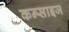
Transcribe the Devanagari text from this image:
कन्साइज